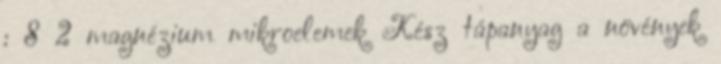
: 8 2 magnézium mikroelemek Kész tápanyag a növények